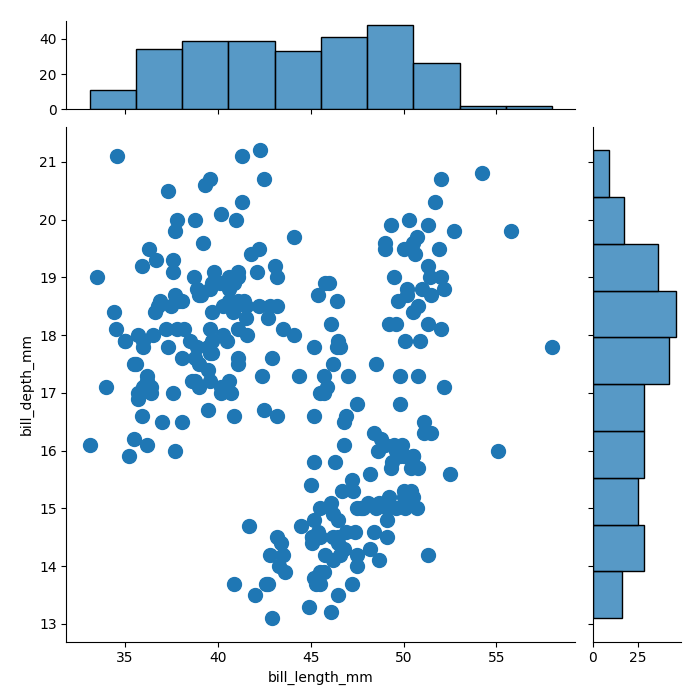
python, seaborn, jointplot, kind='scatter', height='7', ratio='5', marginal_ticks='True'